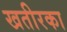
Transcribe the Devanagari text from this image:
खतीरका